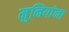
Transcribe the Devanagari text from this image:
मुनियांना